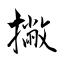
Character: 撇